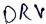
Text: DRV